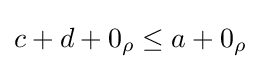
{\textstyle c+d+0_{\rho }\leq a+0_{\rho }}